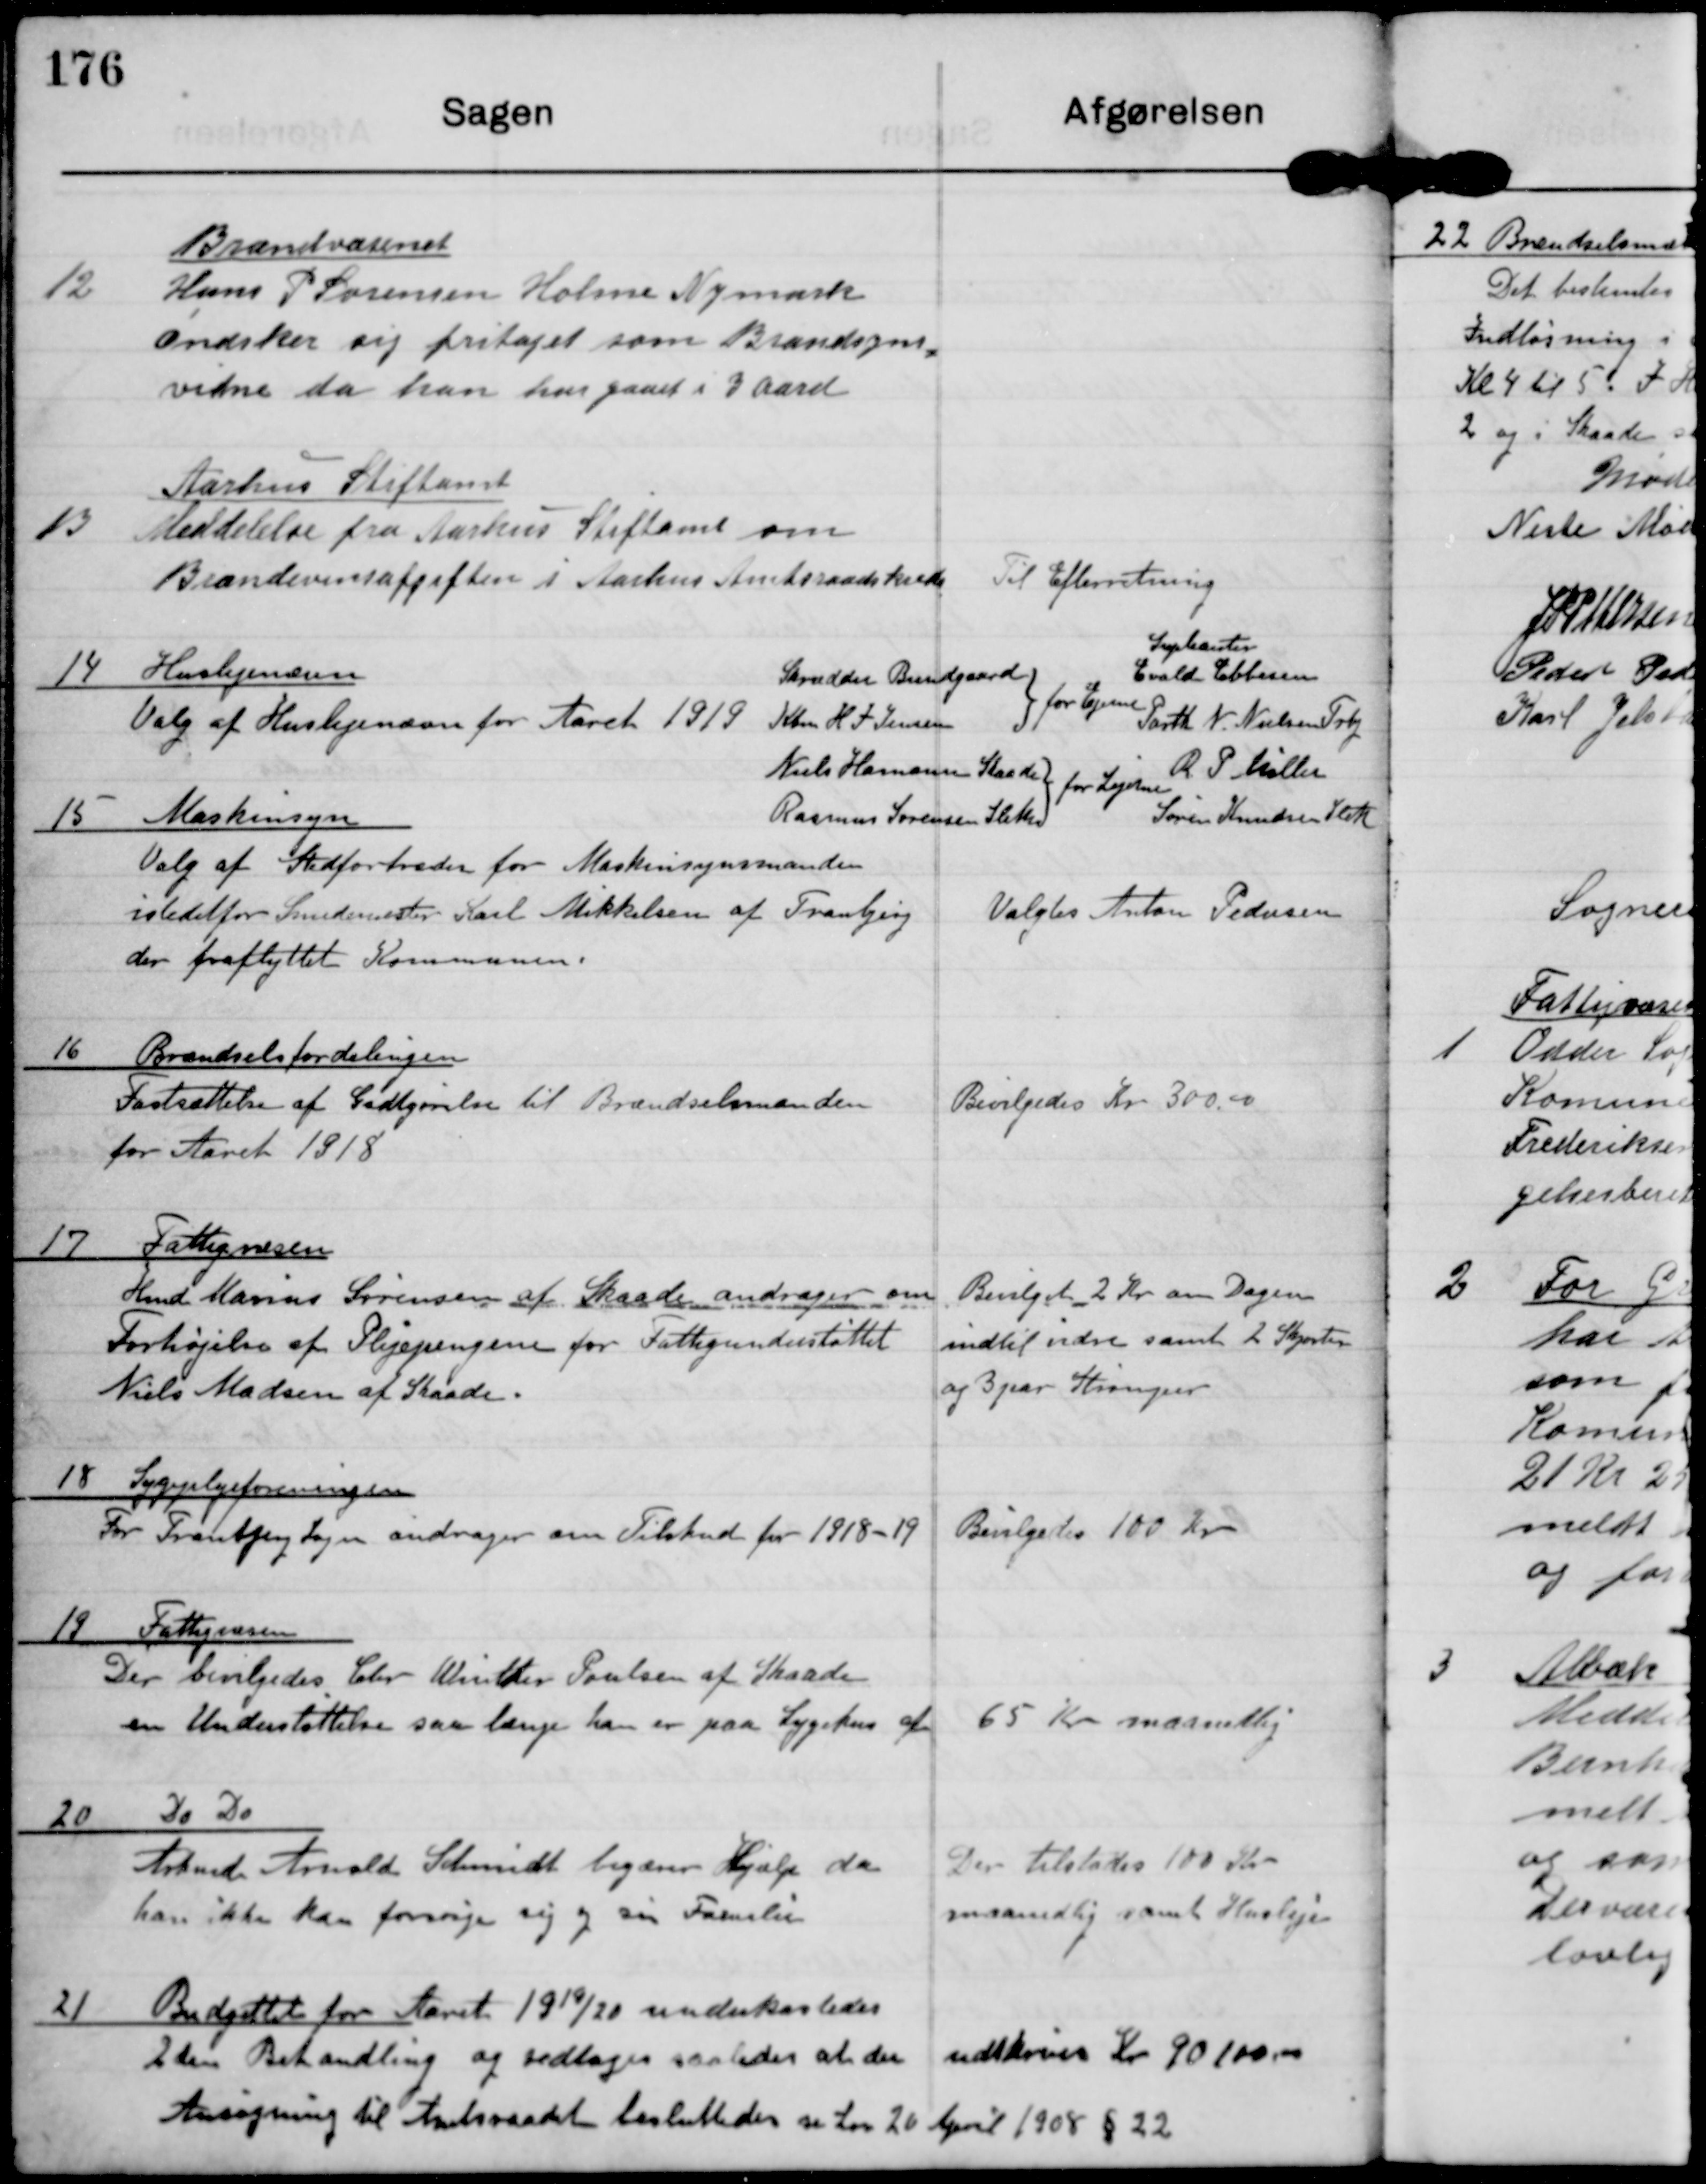
Transskription:
12
Brandvæsenet
Hans P Sørensen Holme Nymark
Øndsker sig fritaget som Brandsyns-
vidne, da han har gaaet i 3 Aare

13
Aarhus Stiftamt
Meddelelse fra Aarhus Stiftamt om
Brændevinsafgiften i Aarhus Amtsraadskreds

Til Efterretning

14 Huslejenævn
Valg af Huslejenævn for Aaret 1919

15 Maskinsyn
Valg af Stedfortræder for Maskinsynsmanden
istedetfor Smedemester Karl Mikkelsen af Tranbjerg
der fraflyttet Kommunen

Valgtes Anton Pedersen

16 Brændselsfordelingen
Fastsættelse af Godtgørelse til Brændselsmanden
for Aaret 1918

Bevilgedes kr. 300,00

17 Fattigvæsen
Hmd Marius Sørensen af Skaade andrager om
Forhøjelse af Plejepengene for Fattigunderstøttet
Niels Madsen af Skaade

Bevilget 2 kr om Dagen
indtil vidre samt 2 Skjorter
og 3 par Strømper

18 Sygeplejeforeningen
For Tranbjerg Sogn andrager om Tilskud for 1918-19

Bevilgedes 100 Kr

19 Fattigvæsen
Der bevilgedes Chr. Winther Poulsen af Skaade
en Understøttelse saa længe han er paa Sygehus af

65 Kr maanedlig

20 Do Do
Arbmd Arnold Schmidt begærer Hjælp da
han ikke kan forsørge sig og sin Familie.

Der tilstodes 100 Kr
maanedlig samt Husleje

21 Budgettet for Aaret 1919/20 underkastedes
2 den Behandling og vedtoges saaledes at der
udskrives Kr 90100,00
Ansøgning til Amtsraadet besluttedes se Lov 20 April 1908 § 22